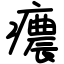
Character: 癑